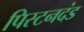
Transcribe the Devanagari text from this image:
पिस्टनदंड